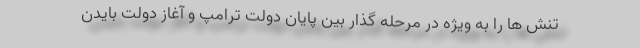
تنش ها را به ویژه در مرحله گذار بین پایان دولت ترامپ و آغاز دولت بایدن